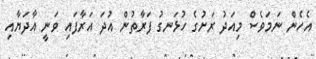
އެހެން ނަމަވެސް މިއަދު ރަށުގެ ހުޅަނގު ފަރާތުން އުދަ އަރާފައި ވަނީ އާދަޔާއި